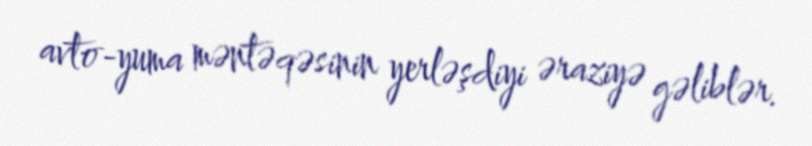
avto-yuma məntəqəsinin yerləşdiyi əraziyə gəliblər.